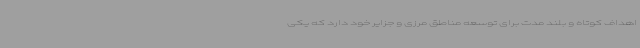
اهداف کوتاه و بلند مدت برای توسعه مناطق مرزی و جزایر خود دارد که یکی